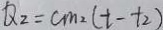
Q _ { 2 } = c m _ { 2 } ( t - t _ { 2 } )